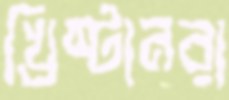
খ্রিষ্টানরা